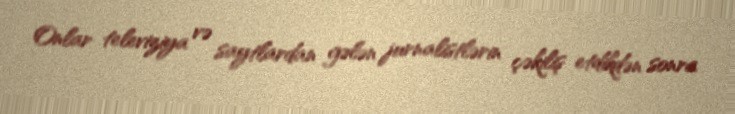
Onlar televiziya və saytlardan gələn jurnalistlərin çəkiliş etdikdən sonra